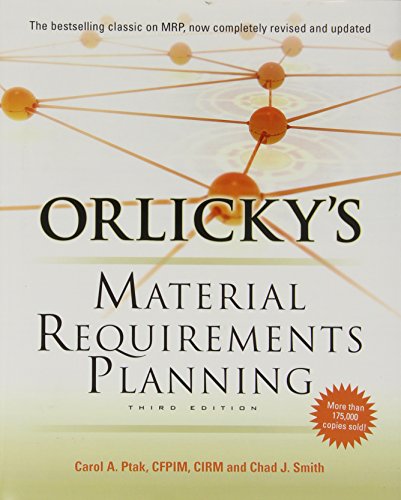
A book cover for Orlicky's Material Requirements Planning, Third Edition; Carol Ptak; Business & Money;